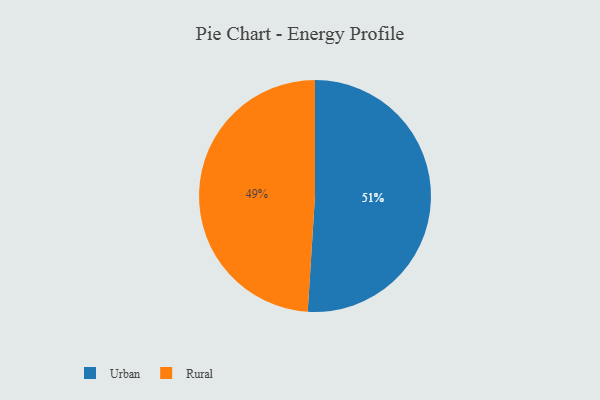
{"axis": {"x": "Category", "y": "Percentage"}, "legend": ["Rural", "Urban"], "data": [{"x": "Rural", "y": 49, "type": "Rural"}, {"x": "Urban", "y": 51, "type": "Urban"}]}